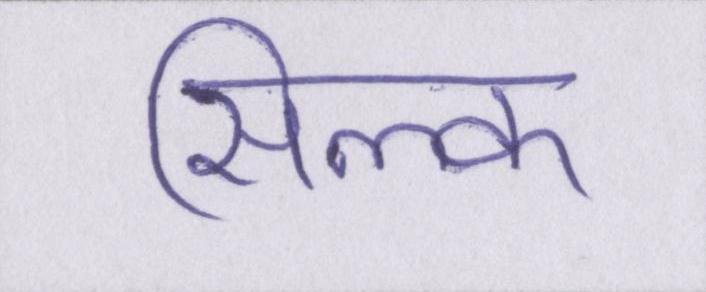
सिल्क